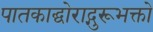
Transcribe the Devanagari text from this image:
पातकाद्घोराद्गुरूभक्तो